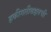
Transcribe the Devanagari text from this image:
हकीगतीबद्दलची